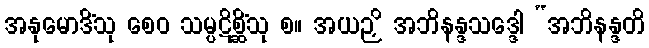
အနုမောဒိံသု စေဝ သမ္ပဋိစ္ဆိံသု စ။ အယဉှိ အဘိနန္ဒသဒ္ဒေါ “အဘိနန္ဒတိ